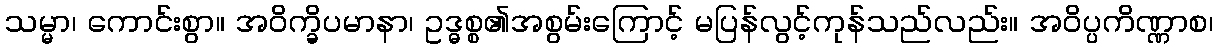
သမ္မာ၊ ကောင်းစွာ။ အဝိက္ခိပမာနာ၊ ဥဒ္ဓစ္စ၏အစွမ်းကြောင့် မပြန်လွင့်ကုန်သည်လည်း။ အဝိပ္ပကိဏ္ဏာစ၊